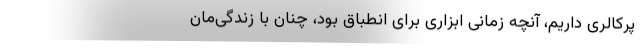
پرکالری داریم، آنچه زمانی ابزاری برای انطباق بود، چنان با زندگی‌مان